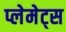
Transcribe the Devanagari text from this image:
प्लेमेट्स